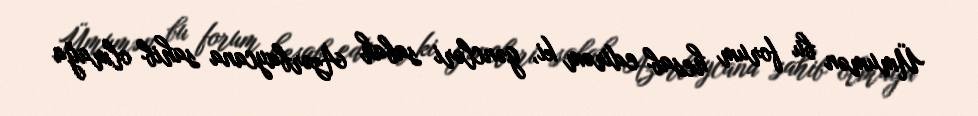
Ümumən bu forum hesab edirəm ki, gəncləri sabah Azərbaycana sahib olmağa